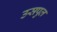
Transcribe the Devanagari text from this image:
उसपुल